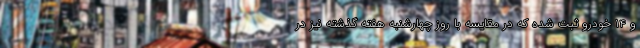
و ۱۴ خودرو ثبت شده که در مقایسه با روز چهارشنبه هفته گذشته نیز در